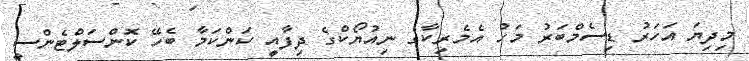
މިދިޔަ އަހަރު ޑިސެމްބަރު މަހު އެމެރިކާގެ ނިއުޔޯކްގެ ދިފާއީ ކަންކަމާ ބެހޭ ކޮންސަލްޓެންސީ